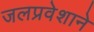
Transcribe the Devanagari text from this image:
जलप्रवेशाने